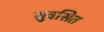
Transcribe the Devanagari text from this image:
सुवसित